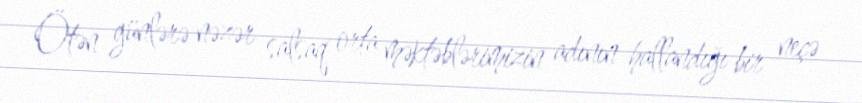
Ötən günlərə nəzər salsaq orta məktəblərimizin adının hallandığı bir neçə